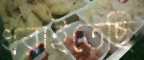
ধরাইতেছি